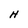
Character: H